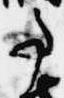
事